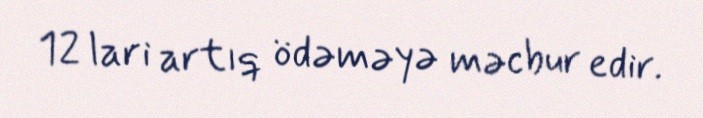
12 lari artıq ödəməyə məcbur edir.